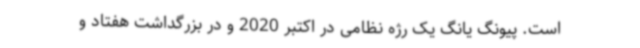
است. پیونگ یانگ یک رژه نظامی در اکتبر 2020 و در بزرگداشت هفتاد و